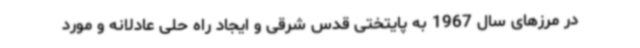
در مرزهای سال 1967 به پایتختی قدس شرقی و ایجاد راه حلی عادلانه و مورد